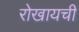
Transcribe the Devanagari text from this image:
रोखायची